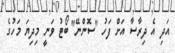
އަދި އެ ދިރާސާ އަށް ފަހު "ސޮންނޭ" ބޯޓު ވަނީ މިދިޔަ މަހުގެ